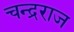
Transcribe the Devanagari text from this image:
चन्द्रराज